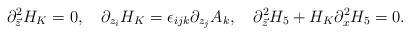
\begin{align*}\partial^{2}_{\vec{z}}H_{K}=0,\ \ \ \partial_{z_{i}}H_{K}=\epsilon_{ijk}\partial_{z_{j}}A_{k},\ \ \ \partial^{2}_{\vec{z}}H_{5}+H_{K}\partial^{2}_xH_{5}=0.\end{align*}